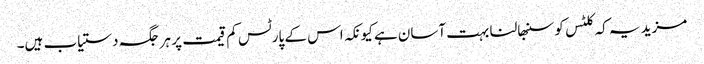
مزید یہ کہ کلٹس کو سنبھالنا بہت آسان ہے کیونکہ اس کے پارٹس کم قیمت پر ہر جگہ دستیاب ہیں۔